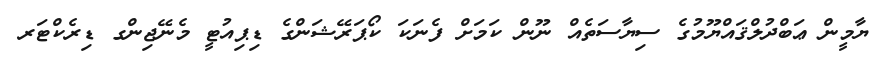
ޔާމީން ޢަބްދުލްޤައްޔޫމުގެ ސިޔާސަތެއް ނޫން ކަމަށް ފެނަކަ ކޯޕަރޭޝަންގެ ޑިޕިއުޓީ މެނޭޖިންގ ޑިރެކްޓަރ